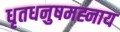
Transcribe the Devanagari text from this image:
धृतधनुषमह्नाय